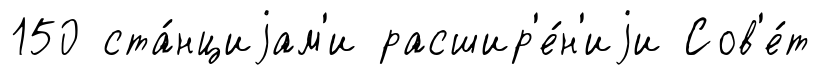
150 ста́нциjам'и расшир'е́н'иjи Сов'е́т